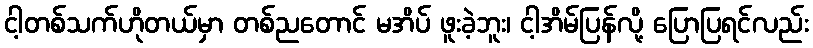
ငါ့တစ်သက်ဟိုတယ်မှာ တစ်ညတောင် မအိပ် ဖူးခဲ့ဘူး၊ ငါ့အိမ်ပြန်လို့ ပြောပြရင်လည်း